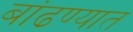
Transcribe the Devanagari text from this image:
बांढण्यात